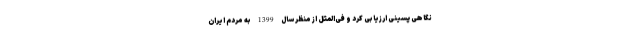
نگاهی پسینی ارزیابی کرد و فی‌المثل از منظر سال 1399 به مردم ایران